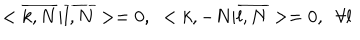
LaTeX: < \overline { { { k , N } } } | \overline { { { l , N } } } > = 0 , \; \; < k , - N | \overline { { { l , N } } } > = 0 , \; \; \forall l